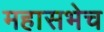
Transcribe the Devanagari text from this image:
महासभेच